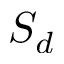
S _ { d }